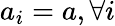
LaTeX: a_{i}=a,\forall i